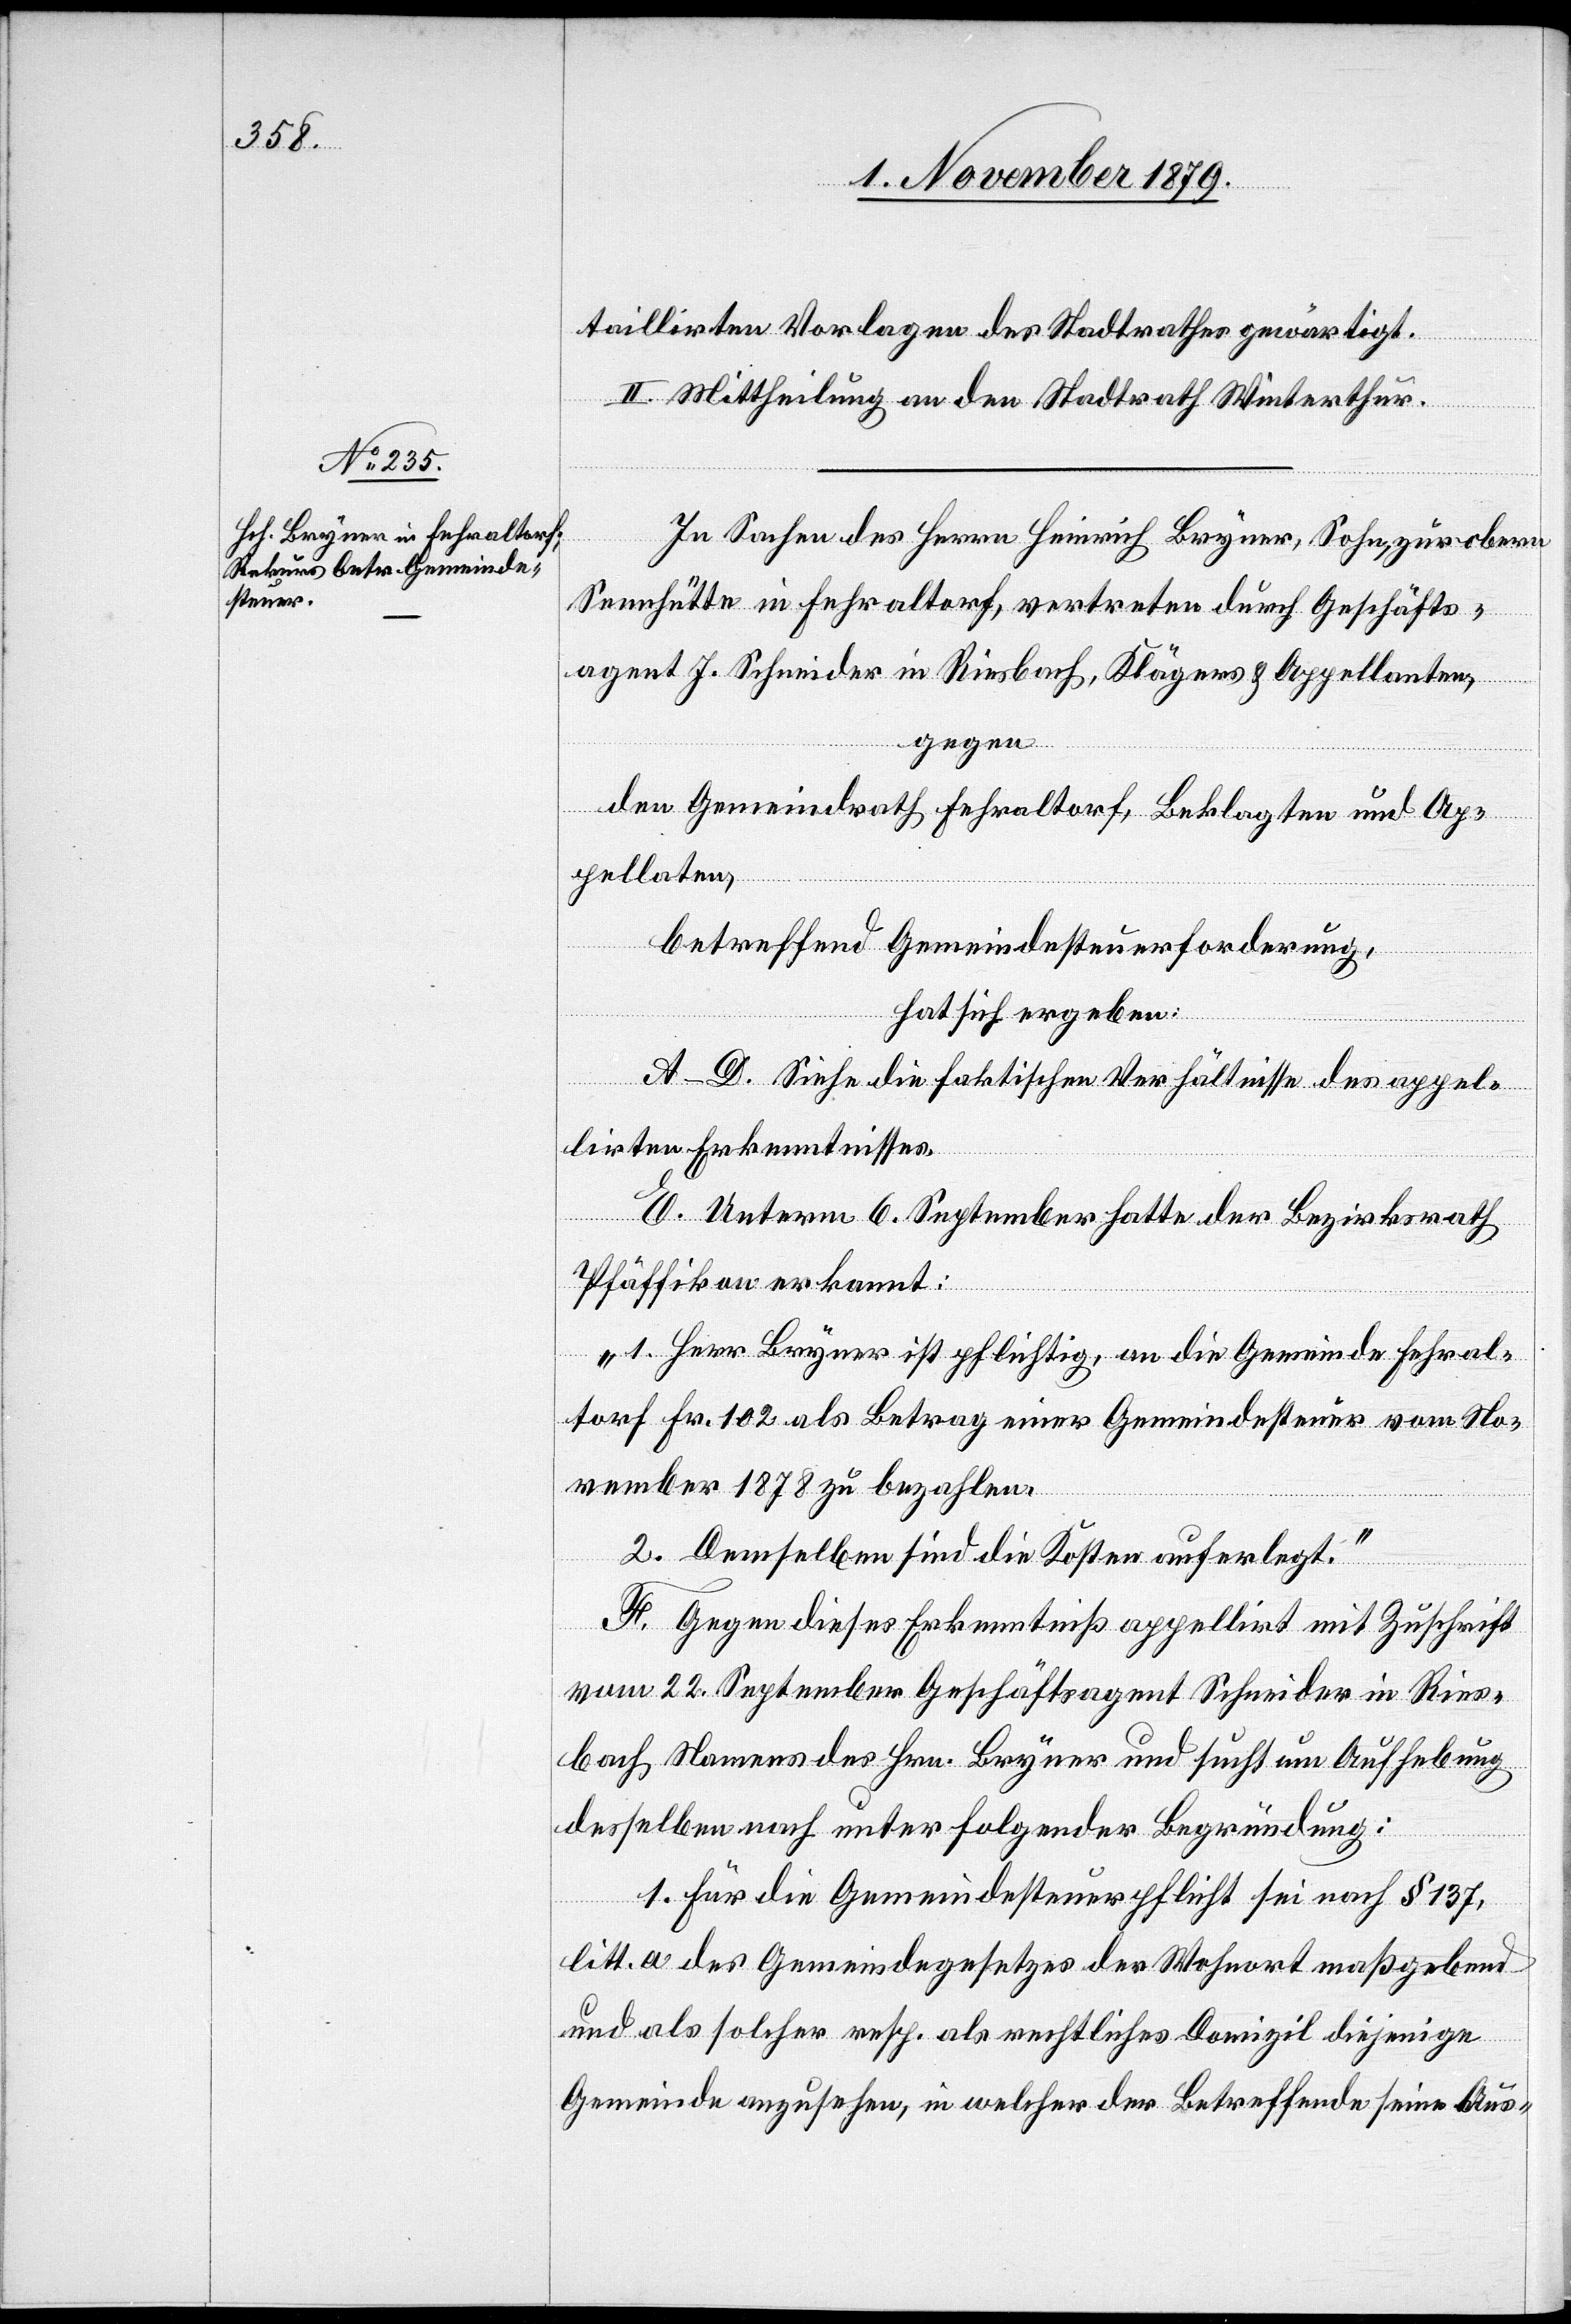
taillirten Vorlagen des Stadtrathes gewärtigt.
II. Mittheilung an den Stadtrath Winterthur.
In Sachen des Herrn Heinrich Bryner, Sohn, zur obern
Seehütte in Fehraltorf, vertreten durch Geschäfts¬
agent J. Schneider in Riesbach, Klägers & Appellanten,
gegen
den Gemeindrath Fehraltorf, Beklagten und Ap¬
pellaten,
betreffend Gemeindesteuerforderung,
hat sich ergeben:
A.–D. Siehe die faktischen Verhältnisse des appel¬
irten Erkenntnisses.
E. Unterm 6. September hatte der Bezirksrath
Pfäffikon erkannt:
„1. Herr Bryner ist pflichtig, an die Gemeinde Fehral¬
torf Fr. 102 als Betrag einer Gemeindesteuer vom No¬
vember 1878 zu bezahlen.
2. Demselben sind die Kosten auferlegt.“
F. Gegen dieses Erkenntniß appelirt mit Zuschrift
vom 22. September Geschäftsagent Schneider in Ries¬
bach Namens des Hrn. Bryner und sucht um Aufhebung
desselben nach unter folgender Begründung:
1. Für die Gemeindesteuerpflicht sei nach § 137,
lit. a. des Gemeindegesetzes der Wohnort maßgebend
und als solcher resp. als rechtliches Domizil diejenige
Gemeinde anzusehen, in welcher der Betreffende seine Aus-